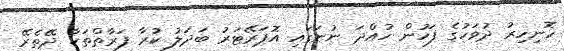
ހޮނިހިރު ދުވަހުގެ ފަހުން ހުއްދަ ނުނަގައި އޮޕަރޭޓަރު ބަދަލު ކުރާ ފަރާތްތަކާ ދޭތެރޭ